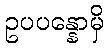
ဥပပန္နောမှိ